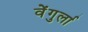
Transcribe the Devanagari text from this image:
वेेंगुर्ला